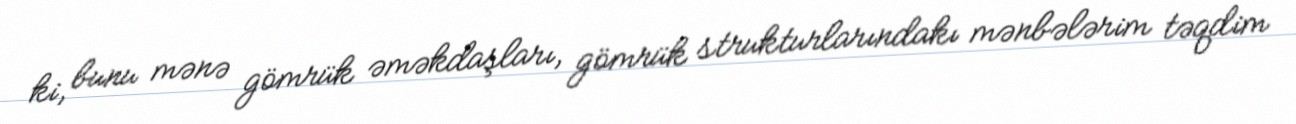
ki, bunu mənə gömrük əməkdaşları, gömrük strukturlarındakı mənbələrim təqdim